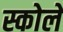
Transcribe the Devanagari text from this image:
स्कोले